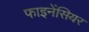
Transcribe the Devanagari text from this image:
फाइनेंसियर